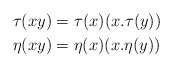
\begin{align*}\tau(xy)&=\tau(x)(x.\tau(y))\\\eta(xy)&=\eta(x)(x.\eta(y))\end{align*}